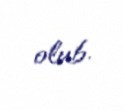
olub.